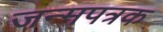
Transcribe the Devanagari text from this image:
जन्मपत्रक